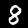
Digit: 8